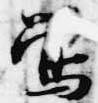
鶯